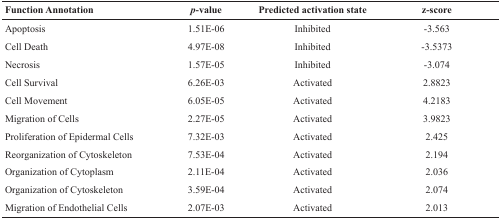
<table><thead><tr><td><b>Function Annotation</b></td><td><b><i>p</i>-value</b></td><td><b>Predicted activation state</b></td><td><b>z-score</b></td></tr></thead><tbody><tr><td>Apoptosis</td><td>1.51E-06</td><td>Inhibited</td><td>-3.563</td></tr><tr><td>Cell Death</td><td>4.97E-08</td><td>Inhibited</td><td>-3.5373</td></tr><tr><td>Necrosis</td><td>1.57E-05</td><td>Inhibited</td><td>-3.074</td></tr><tr><td>Cell Survival</td><td>6.26E-03</td><td>Activated</td><td>2.8823</td></tr><tr><td>Cell Movement</td><td>6.05E-05</td><td>Activated</td><td>4.2183</td></tr><tr><td>Migration of Cells</td><td>2.27E-05</td><td>Activated</td><td>3.9823</td></tr><tr><td>Proliferation of Epidermal Cells</td><td>7.32E-03</td><td>Activated</td><td>2.425</td></tr><tr><td>Reorganization of Cytoskeleton</td><td>7.53E-04</td><td>Activated</td><td>2.194</td></tr><tr><td>Organization of Cytoplasm</td><td>2.11E-04</td><td>Activated</td><td>2.036</td></tr><tr><td>Organization of Cytoskeleton</td><td>3.59E-04</td><td>Activated</td><td>2.074</td></tr><tr><td>Migration of Endothelial Cells</td><td>2.07E-03</td><td>Activated</td><td>2.013</td></tr></tbody></table>